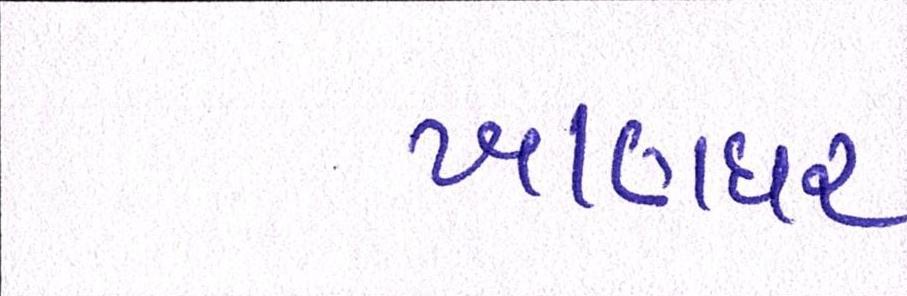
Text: ખાણધર